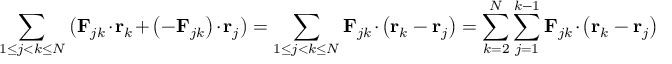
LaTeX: \sum _ { 1 \leq j < k \leq N } { \bigl ( } \mathbf { F } _ { j k } \cdot \mathbf { r } _ { k } + \left( - \mathbf { F } _ { j k } \right) \cdot \mathbf { r } _ { j } { \bigr ) } = \sum _ { 1 \leq j < k \leq N } \mathbf { F } _ { j k } \cdot \left( \mathbf { r } _ { k } - \mathbf { r } _ { j } \right) = \sum _ { k = 2 } ^ { N } \sum _ { j = 1 } ^ { k - 1 } \mathbf { F } _ { j k } \cdot \left( \mathbf { r } _ { k } - \mathbf { r } _ { j } \right)